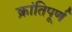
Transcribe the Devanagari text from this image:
क्रांतिपूर्ण